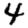
Digit: 4